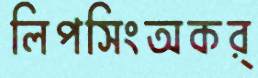
লিপসিংঅকর্